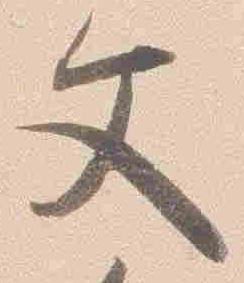
文